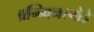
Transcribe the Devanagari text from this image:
ब्रन्न्विनस्बोर्ड